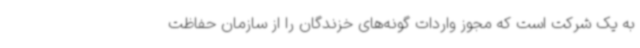
به یک شرکت است که مجوز واردات گونه‌های خزندگان را از سازمان حفاظت